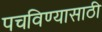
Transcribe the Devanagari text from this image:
पचविण्यासाठी